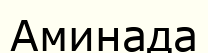
Аминада